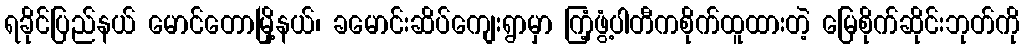
ရခိုင်ပြည်နယ် မောင်တောမြို့နယ်၊ ခမောင်းဆိပ်ကျေးရွာမှာ ကြံ့ဖွံ့ပါတီကစိုက်ထူထားတဲ့ မြေစိုက်ဆိုင်းဘုတ်ကို